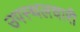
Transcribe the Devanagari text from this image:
उपस्थलचारी